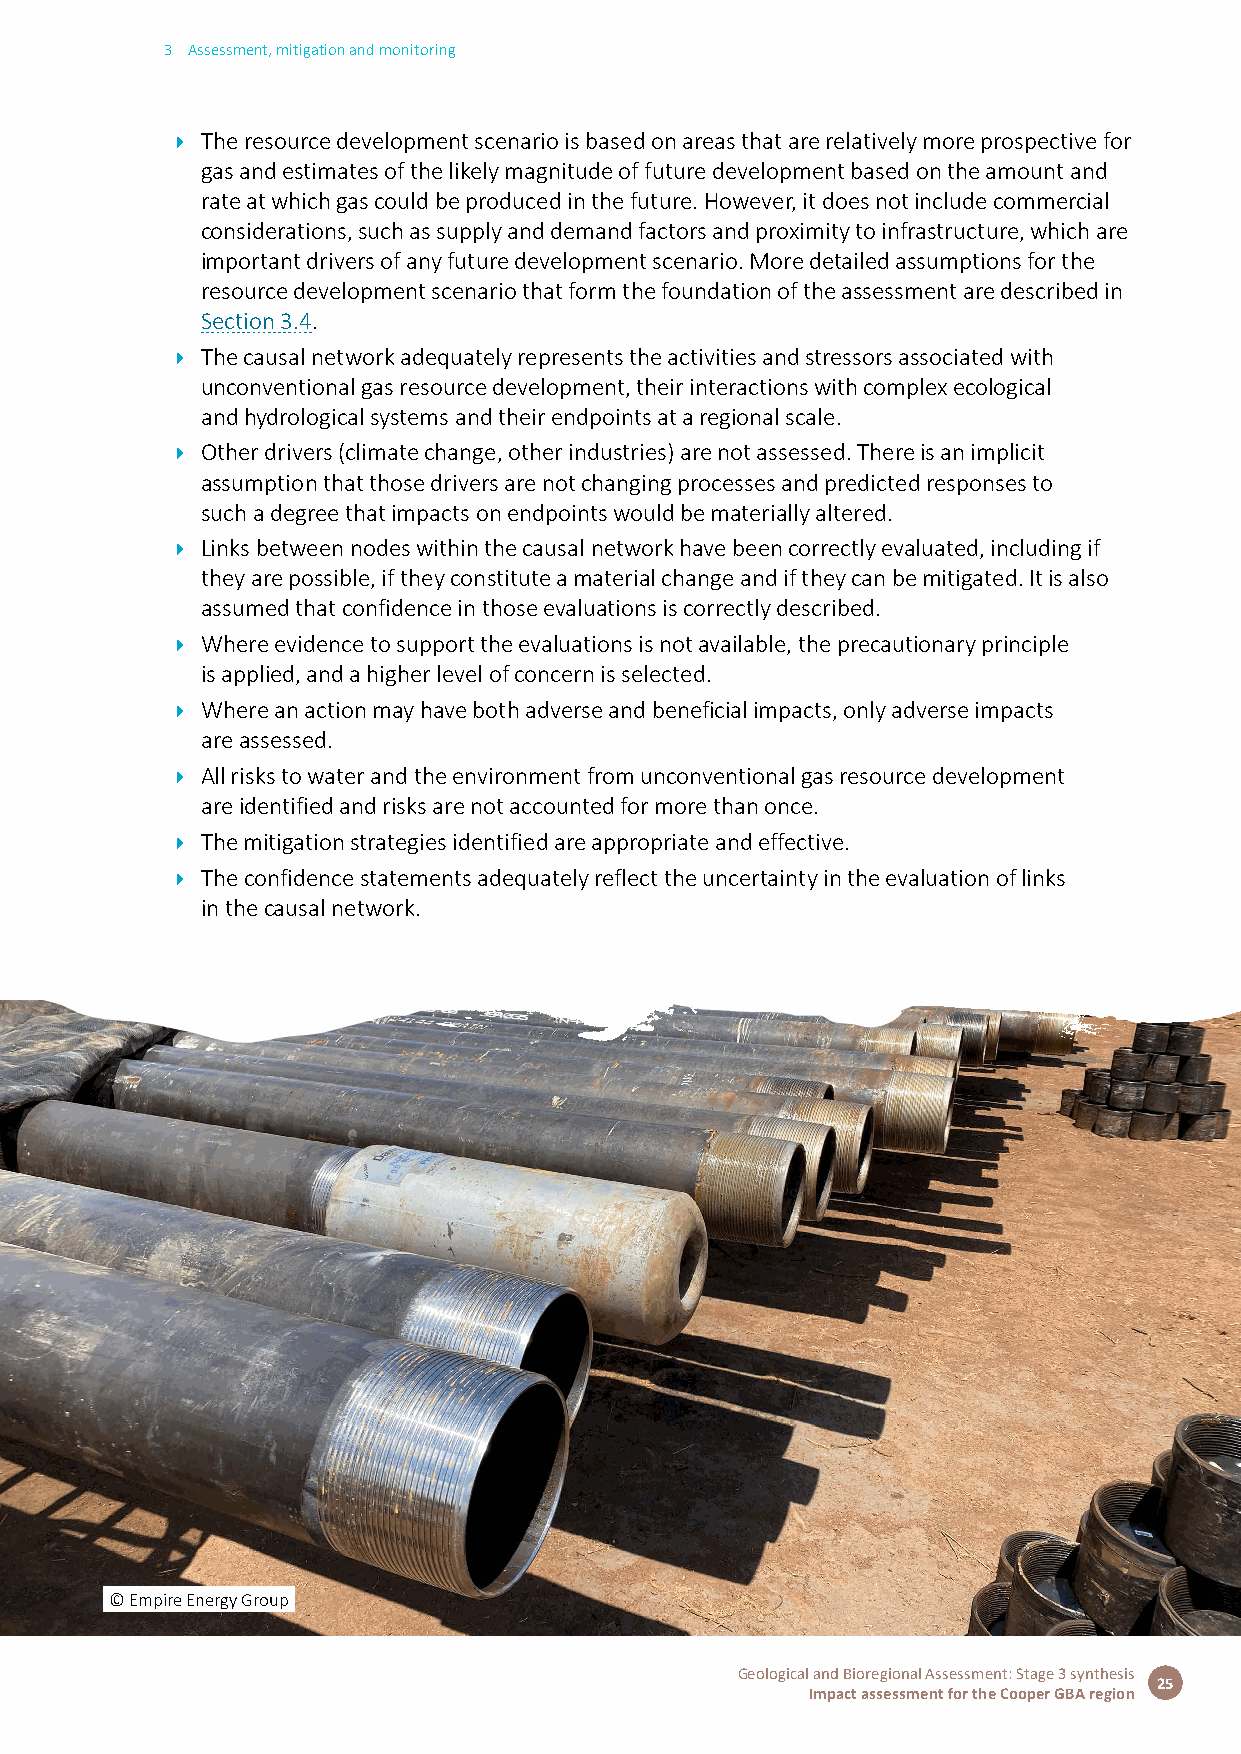
3 Assessment, mitigation and monitoring
 Î The resource development scenario is based on areas that are relatively more prospective for
 gas and estimates of the likely magnitude of future development based on the amount and
 rate at which gas could be produced in the future. However, it does not include commercial
 considerations, such as supply and demand factors and proximity to infrastructure, which are
 important drivers of any future development scenario. More detailed assumptions for the
 resource development scenario that form the foundation of the assessment are described in
 Section 3.4.
 Î The causal network adequately represents the activities and stressors associated with
 unconventional gas resource development, their interactions with complex ecological
 and hydrological systems and their endpoints at a regional scale.
 Î Other drivers (climate change, other industries) are not assessed. There is an implicit
 assumption that those drivers are not changing processes and predicted responses to
 such a degree that impacts on endpoints would be materially altered.
 Î Links between nodes within the causal network have been correctly evaluated, including if
 they are possible, if they constitute a material change and if they can be mitigated. It is also
 assumed that confidence in those evaluations is correctly described.
 Î Where evidence to support the evaluations is not available, the precautionary principle
 is applied, and a higher level of concern is selected.
 Î Where an action may have both adverse and beneficial impacts, only adverse impacts
 are assessed.
 Î All risks to water and the environment from unconventional gas resource development
 are identified and risks are not accounted for more than once.
 Î The mitigation strategies identified are appropriate and effective.
 Î The confidence statements adequately reflect the uncertainty in the evaluation of links
 in the causal network.
 © Empire Energy Group
 Geological and Bioregional Assessment: Stage 3 synthesis
 25
 Impact assessment for the Cooper GBA region